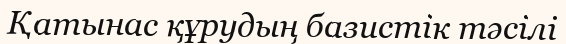
Қатынас құрудың базистік тәсілі